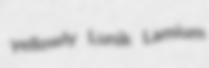
yellowly Lunik Lamium